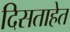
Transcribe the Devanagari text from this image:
दिसताहेत